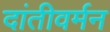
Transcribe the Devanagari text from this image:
दांतीवर्मन